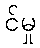
င်မှု